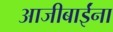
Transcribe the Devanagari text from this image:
आजीबाईंना